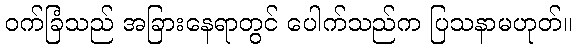
ဝက်ခြံသည် အခြားနေရာတွင် ပေါက်သည်က ပြသနာမဟုတ်။